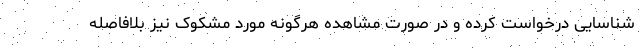
شناسایی درخواست کرده و در صورت مشاهده هرگونه مورد مشکوک نیز بلافاصله